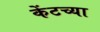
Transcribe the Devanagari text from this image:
केंटच्या